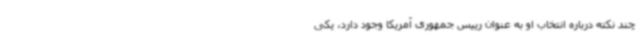
چند نکته درباره انتخاب او به عنوان رییس جمهوری آمریکا وجود دارد، یکی